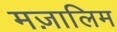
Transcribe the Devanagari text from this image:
मज़ालिम